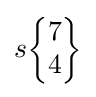
s{\begin{Bmatrix}7\\4\end{Bmatrix}}